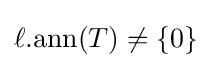
\mathrm {\ell .ann} (T)\neq \{0\}